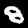
Digit: 8